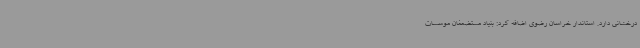
درخشانی دارد. استاندار خراسان رضوی اضافه کرد: بنیاد مستضعفان موسسات